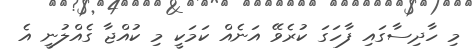
މި ހާދިސާގައި ފާހަގަ ކުރެވޭ އަނެއް ކަމަކީ މި ކުއްޖާ ގެއްލުނީ އެ